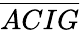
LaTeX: \overline{{ACIG}}